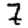
Digit: 7